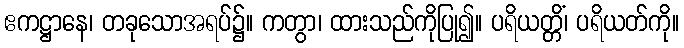
ဧကဋ္ဌာနေ၊ တခုသောအရပ်၌။ ကတွာ၊ ထားသည်ကိုပြု၍။ ပရိယတ္တိံ၊ ပရိယတ်ကို။